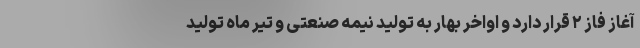
آغاز فاز ٢ قرار دارد و اواخر بهار به تولید نیمه صنعتی و تیر ماه تولید